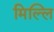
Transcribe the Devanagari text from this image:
मिल्लि